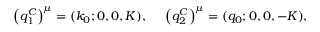
\left( q _ { 1 } ^ { C } \right) ^ { \mu } = ( k _ { 0 } ; 0 , 0 , K ) , ~ ~ ~ ~ \left( q _ { 2 } ^ { C } \right) ^ { \mu } = ( q _ { 0 } ; 0 , 0 , - K ) ,